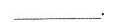
___.